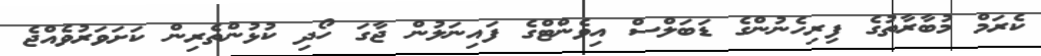
ކެރަމް މުބާރާތުގެ ފިރިހެނުންގެ ޑަބަލްސް އިވެންޓްގެ ފައިނަލުން ޖާގަ ހޯދި ކުޅުންތެރިން ކަށަވަރުވެއްޖެ